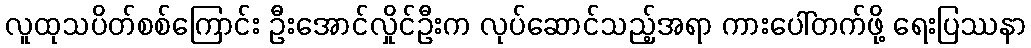
လူထုသပိတ်စစ်ကြောင်း ဦးအောင်လှိုင်ဦးက လုပ်ဆောင်သည့်အရာ ကားပေါ်တက်ဖို့ ရေးပြဿနာ